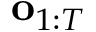
\mathbf { o } _ { 1 : T }